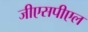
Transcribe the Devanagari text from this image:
जीएसपीएल